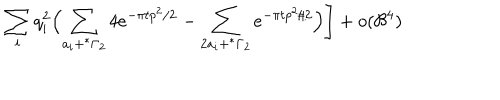
LaTeX: \sum _ { i } q _ { i } ^ { 2 } \Bigl ( \sum _ { a _ { i } + ^ { * } \Gamma _ { 2 } } 4 e ^ { - { \pi t } p ^ { 2 } / 2 } - \sum _ { 2 a _ { i } + ^ { * } \Gamma _ { 2 } } e ^ { - { \pi t } p ^ { 2 } / 2 } \Bigr ) \Biggr ] + o ( { \cal B } ^ { 4 } )